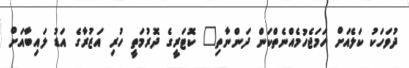
ދުވަހަކު ކަލެއަށް ހަމަޖެހުމެއްނެތްކަން ދަންނާތި" ކޮޓަރީގެ ދޮރުމަތީ ހުރި އަޒުރާގެ އަޑު ލައިބާއަށް